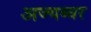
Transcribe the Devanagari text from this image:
अज्यब्घर